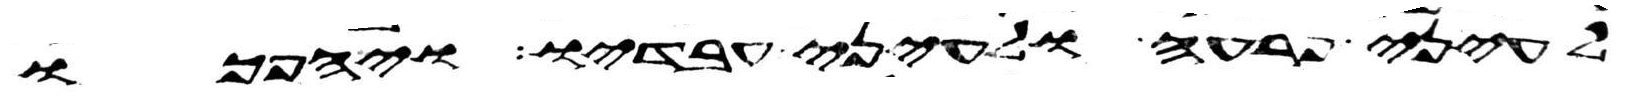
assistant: לעיני פרעה ולעיני עבדיו ויהפכו